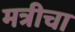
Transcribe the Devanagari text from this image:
मत्रीचा